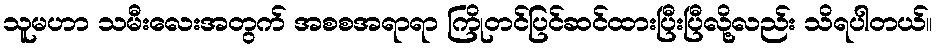
သူမဟာ သမီးလေးအတွက် အစစအရာရာ ကြိုတင်ပြင်ဆင်ထားပြီးပြီလို့လည်း သိရပါတယ်။